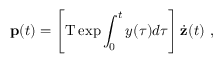
{ \bf p } ( t ) = \left[ \mathrm { T } \exp \int _ { 0 } ^ { t } y ( \tau ) d \tau \right] \dot { \bf z } ( t ) \ ,